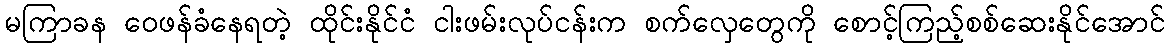
မကြာခန ဝေဖန်ခံနေရတဲ့ ထိုင်းနိုင်ငံ ငါးဖမ်းလုပ်ငန်းက စက်လှေတွေကို စောင့်ကြည့်စစ်ဆေးနိုင်အောင်